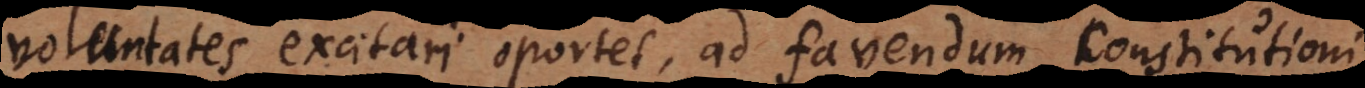
voluntates excitari oportet, ad favendum constitutioni